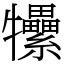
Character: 𤜖